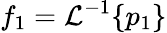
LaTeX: f_{1}=\mathcal{L}^{-1}\{ p_{1}\}